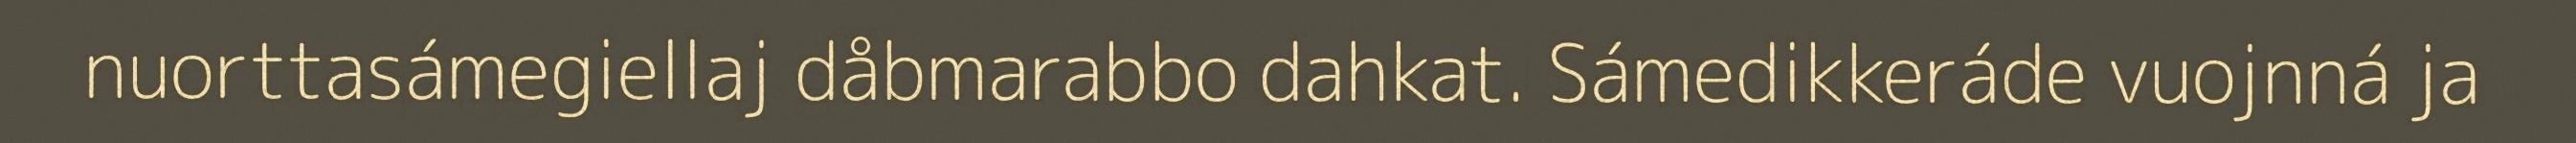
nuorttasámegiellaj dåbmarabbo dahkat. Sámedikkeráde vuojnná ja